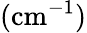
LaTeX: (\mathrm{cm}^{-1})